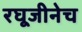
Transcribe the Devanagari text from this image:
रघूजीनेच